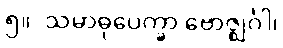
၅။	သမာဓုပေက္ခာ ဗောဇ္ဈင်္ဂါ၊